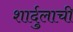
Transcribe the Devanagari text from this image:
शार्दुलाची